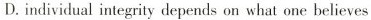
D. individlual integrity depends on what one believes